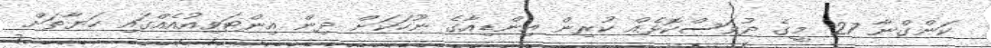
ކަންގްނާ 27 މީގެ ދުވަސްކޮޅެއް ކުރިން އިންޑިއާގެ ނޫހަކަށް ދިން އިންޓަވިއުއެއްގައި ހަޔާތަށް